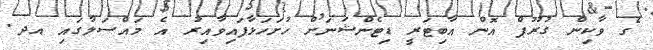
ގެ ވާކިން ގުރޫޕް އޮން އާބިޓަރީ ޑިޓެންޝަނަށް ހުށަހަޅާފައިވާއިރު އެ މައްސަލާގައި އދ.